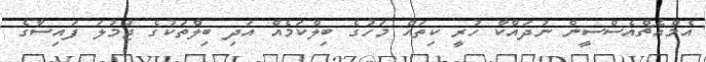
އެމްއެޗްއެސްސީން ނުދައްކާ ހުރީ ކިތައް މަހުގެ ބިލްކަމެއް އަދި ބިލްތަކުގެ ޖުމުލަ ފައިސާގެ